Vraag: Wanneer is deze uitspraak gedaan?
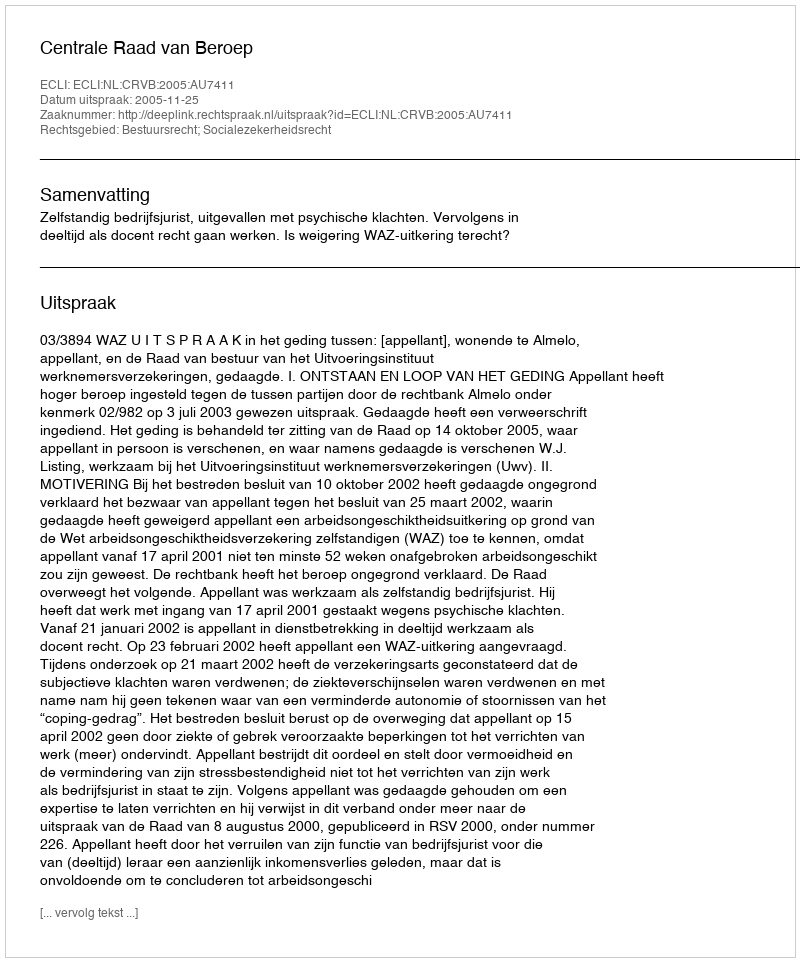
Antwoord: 2005-11-25